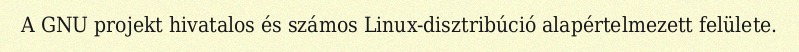
A GNU projekt hivatalos és számos Linux-disztribúció alapértelmezett felülete.